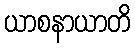
ယာစနာယာတိ